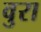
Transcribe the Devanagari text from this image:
वुरा